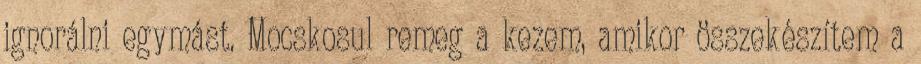
ignorálni egymást. Mocskosul remeg a kezem, amikor összekészítem a